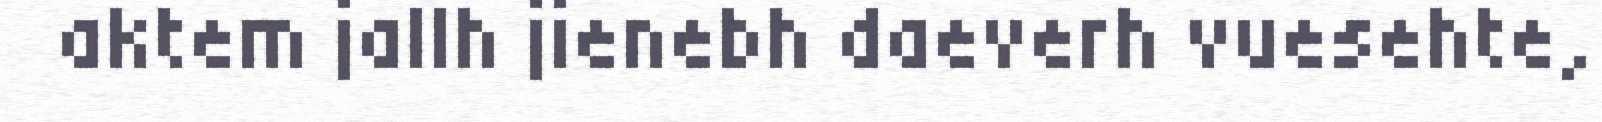
aktem jallh jienebh daeverh vuesehte,